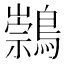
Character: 𪅁